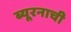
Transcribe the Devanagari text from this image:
ब्यूरनाची